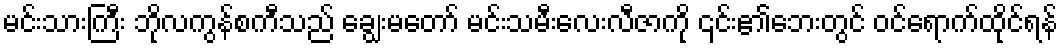
မင်းသားကြီး ဘိုလကွန်စကီသည် ချွေးမတော် မင်းသမီးလေးလီဇာကို ၎င်း၏ဘေးတွင် ဝင်ရောက်ထိုင်ရန်